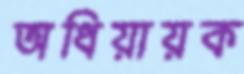
অধিয়ায়ক